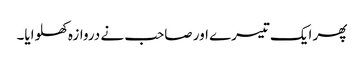
پھر ایک تیسرے اور صاحب نے دروازہ کھلوایا۔